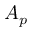
A _ { p }